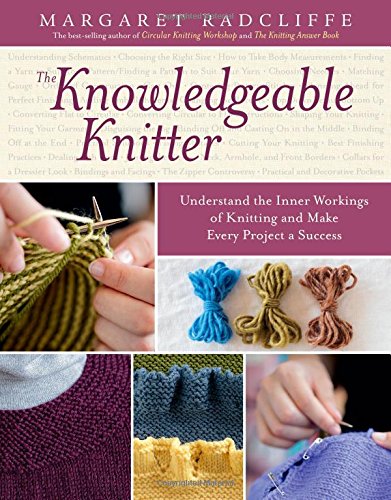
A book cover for The Knowledgeable Knitter; Margaret Radcliffe; Crafts, Hobbies & Home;